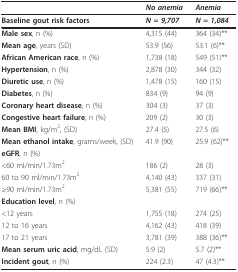
<table><thead><tr><td></td><td><b><i>No anemia </i></b></td><td><b><i>Anemia </i></b></td></tr></thead><tbody><tr><td><b>Baseline gout risk factors</b></td><td><b><i>N = 9,707</i></b></td><td><b><i>N = 1,084</i></b></td></tr><tr><td><b>Male sex</b>, n (%)</td><td>4,315 (44)</td><td>364 (34)**</td></tr><tr><td><b>Mean age</b>, years (SD)</td><td>53.9 (56)</td><td>53.1 (6)**</td></tr><tr><td><b>African American race</b>, n (%)</td><td>1,738 (18)</td><td>549 (51)**</td></tr><tr><td><b>Hypertension</b>, n (%)</td><td>2,878 (30)</td><td>344 (32)</td></tr><tr><td><b>Diuretic use</b>, n (%)</td><td>1,478 (15)</td><td>160 (15)</td></tr><tr><td><b>Diabetes</b>, n (%)</td><td>834 (9)</td><td>94 (9)</td></tr><tr><td><b>Coronary heart disease</b>, n (%)</td><td>304 (3)</td><td>37 (3)</td></tr><tr><td><b>Congestive heart failure</b>, n (%)</td><td>209 (2)</td><td>30 (3)</td></tr><tr><td><b>Mean BMI</b>, kg/m<sup>2</sup>, (SD)</td><td>27.4 (5)</td><td>27.5 (6)</td></tr><tr><td><b>Mean ethanol intake</b>, grams/week, (SD)</td><td>41.9 (90)</td><td>25.9 (62)**</td></tr><tr><td><b>eGFR</b>, n (%)</td><td></td><td></td></tr><tr><td>&lt;60 ml/min/1.73m<sup>2</sup></td><td>186 (2)</td><td>28 (3)</td></tr><tr><td>60 to 90 ml/min/1.73m<sup>2</sup></td><td>4,140 (43)</td><td>337 (31)</td></tr><tr><td>≥90 ml/min/1.73m<sup>2</sup></td><td>5,381 (55)</td><td>719 (66)**</td></tr><tr><td><b>Education level</b>, n (%)</td><td></td><td></td></tr><tr><td>&lt;12 years</td><td>1,755 (18)</td><td>274 (25)</td></tr><tr><td>12 to 16 years</td><td>4,162 (43)</td><td>418 (39)</td></tr><tr><td>17 to 21 years</td><td>3,781 (39)</td><td>388 (36)**</td></tr><tr><td><b>Mean serum uric acid</b>, mg/dL (SD)</td><td>5.9 (2)</td><td>5.7 (2)**</td></tr><tr><td><b>Incident gout</b>, n (%)</td><td>224 (2.3)</td><td>47 (4.3)**</td></tr></tbody></table>